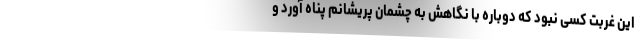
این غربت کسی نبود که دوباره با نگاهش به چشمان پریشانم پناه آورد و